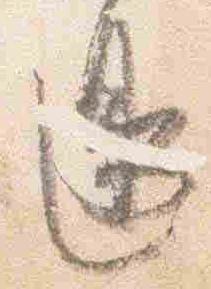
辺